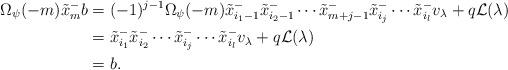
LaTeX: \begin{align*} \Omega_\psi(-m)\tilde x_m^-b&=(-1)^{j-1} \Omega_\psi(-m)\tilde x_{i_1-1}^-\tilde x_{i_2-1}^- \cdots \tilde x_{m+j-1}^-\tilde x_{i_j}^-\cdots \tilde x_{i_l}^-v_\lambda +q\mathcal L(\lambda) \\ &= \tilde x_{i_1}^-\tilde x_{i_2}^- \cdots \tilde x_{i_j}^-\cdots \tilde x_{i_l}^-v_\lambda +q\mathcal L(\lambda) \\ &=b. \end{align*}